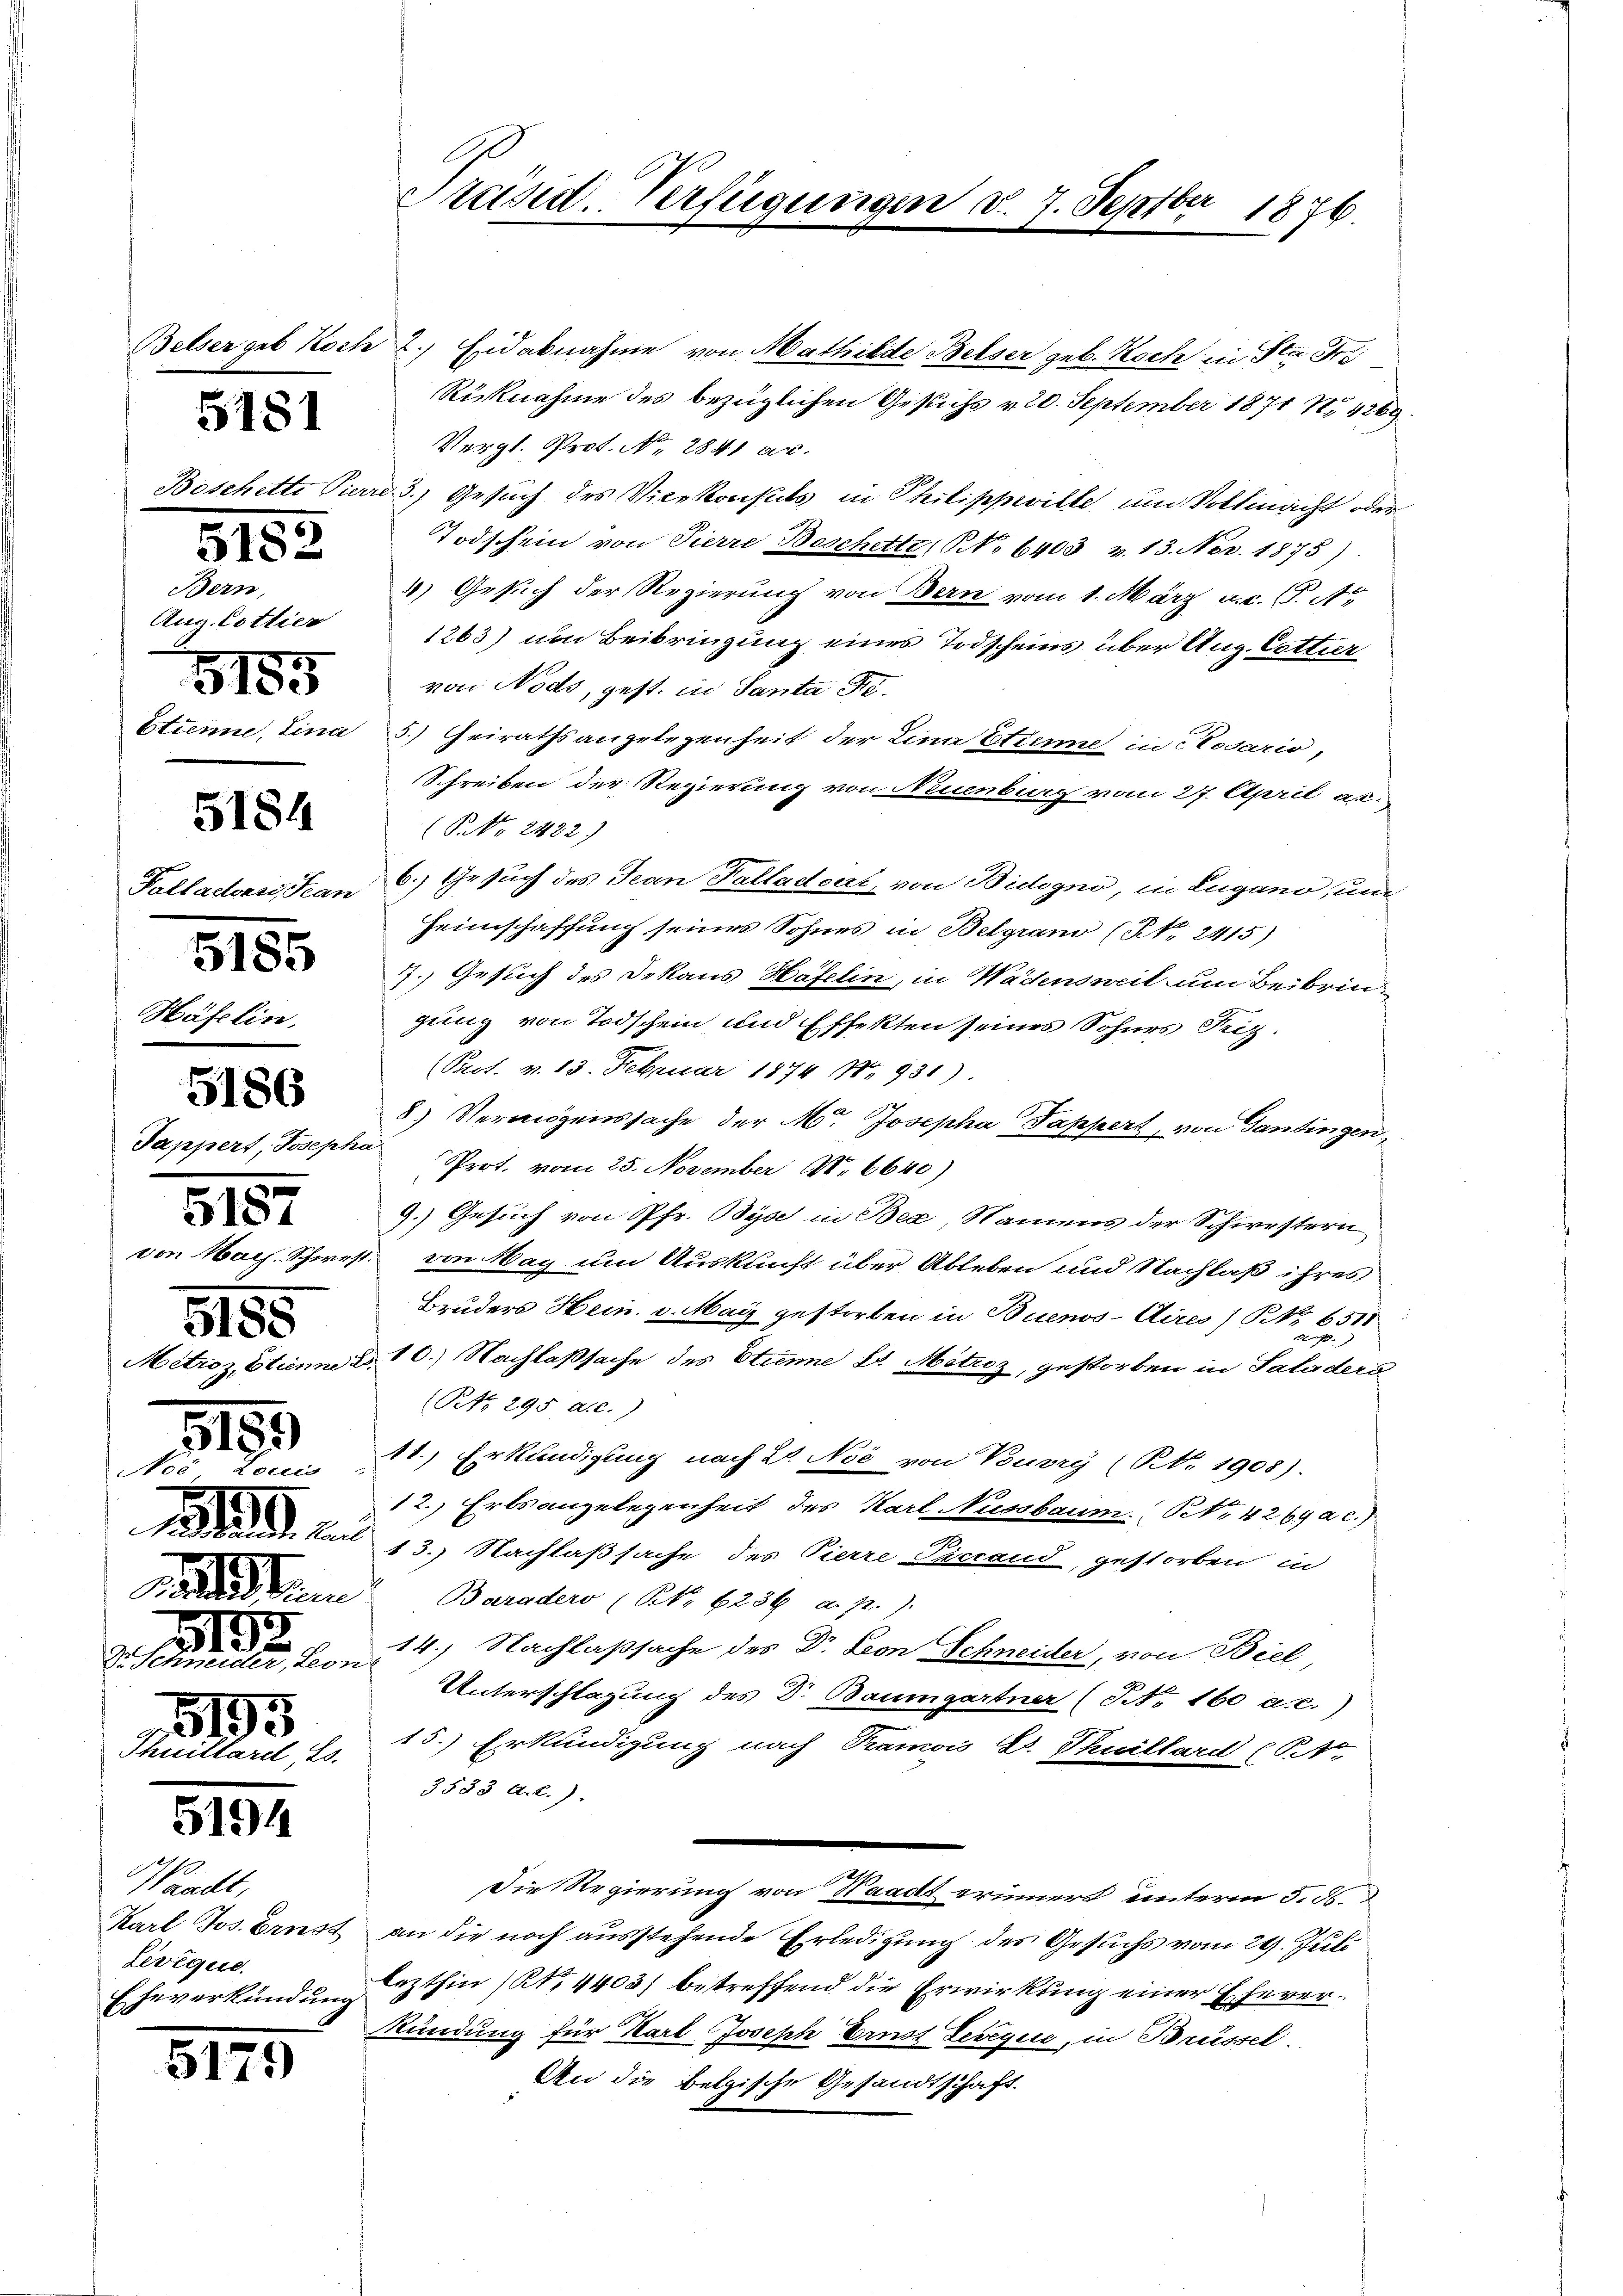
5155

No

S.
e
Dr. Ser

1882

A

1

5181

.

152

Bern,
Aug. Cottier
5155

5184

d

55)

5194

3175

5185
Häfelin.

Jappert, Josepha

en

e
t
2
Bonf

s
2

Waadt,
Zevique.
Eheverkündung

Belser geb. Koch 2. Eidabnahme von Mathilde Belser geb. Koch in Sta Fri
Rücknahme des bezüglichen Gesuchs v. 20. September 1871 N. 4269.
Vergl. Prot. No. 2841 ac.
t. Pierre 3.) Gesuch des Vicekonseits in Philippeville, um Vollmacht oder
Todschein von Pierre Beschette, No 6403 v. 13. Nov. 1875)
4) Gesuch der Regierung von Bern vom 1. März a.c. (T. Ar
1263) um Beibringung eines Todscheins über Aug. Cottier
von Nodo, gest. in Santa Fo¬
Stinne, Lina 5.) Heirathsangelegenheit der Lina Etienne in Rosario,
Schreiben der Regierung von Neuenburg vom 27. April a.
(P. Nr. 2422)
Palladen, Jean C.) Gesuch des Jean Palladoert, von Bidogno, in Lugano, und
Heimschaffung seines Sohnes in Belgrano (NNo. 2415)
7.) Gesuch des Dekans Häfelin, in Wädensweil um Beibringung von Todschein und Effekten seines Sohnes Friz.
Prot. v. 13. Februar 1874 18. 931).
8.) Vermögenssache der M. Josepha Pappert, von Gantingen,
Prot. vom 25. November N. 6640)
9.) Gesuch von Pfr. Bys in Bea, Namens der Schwestern
von Wach. Schwest. von May um Auskunft über Ableben und Nachlaß ihres
Bruders Hein. v. Mai gestorben in Buenos-Aires / NNo. 6511

Mitroz, Etienne d. 10.) Nachlaßsache des Etienne L. Mitroz, gestorben in Saluders
(Pto. 295 a.c.)
41.) Erkundigung nach 20 Noe von Burry (Nr. 1905).
12.) Erbsangelegenheit des Karl Nussbaum. Nr. 4269 a c.)
13.) Nachlaßsache des Pierre Liccand, gestorben, in
Baradero (NNo. 6236 a. p.)
14.) Nachlaßsache des Dr. Leon Schneider, von Biel,
Unterschlagung des Dr. Baumgartner (NNo. 160 a. c.)
15.) Erkundigung nach Ramois L. Thuillard (Pr
3533 A.l.).
Die Regierung von Waadt erinnert unterm 5. ds.
Karl Jos. Ernst an die noch ausstehende Erledigung des Gesuchs vom 29. Juli
lezthin (N. 4403) betreffend die Erwirkung einer Ehever¬
Kündung für Karl Joseph Ernst Lesegue, in Brüssel.
An die belgische Gesandtschaft.

Präsid. Verfügungen d. 7. Septbr 1876.